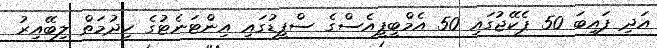
އަދި ފައިބަ 50 ޕެކޭޖުގައި 50 އެމްބީޕީއެސްގެ ސްޕީޑުގައި އިންޓަނެޓުގެ ހިދުމަތް ލިބޭއިރު